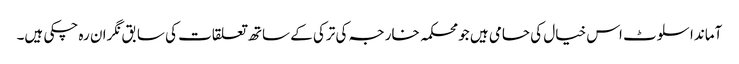
آماندا سلوٹ اس خیال کی حامی ہیں جو محکمہ خارجہ کی ترکی کے ساتھ تعلقات کی سابق نگران رہ چکی ہیں۔